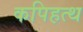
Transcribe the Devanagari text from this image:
कपिहत्थ